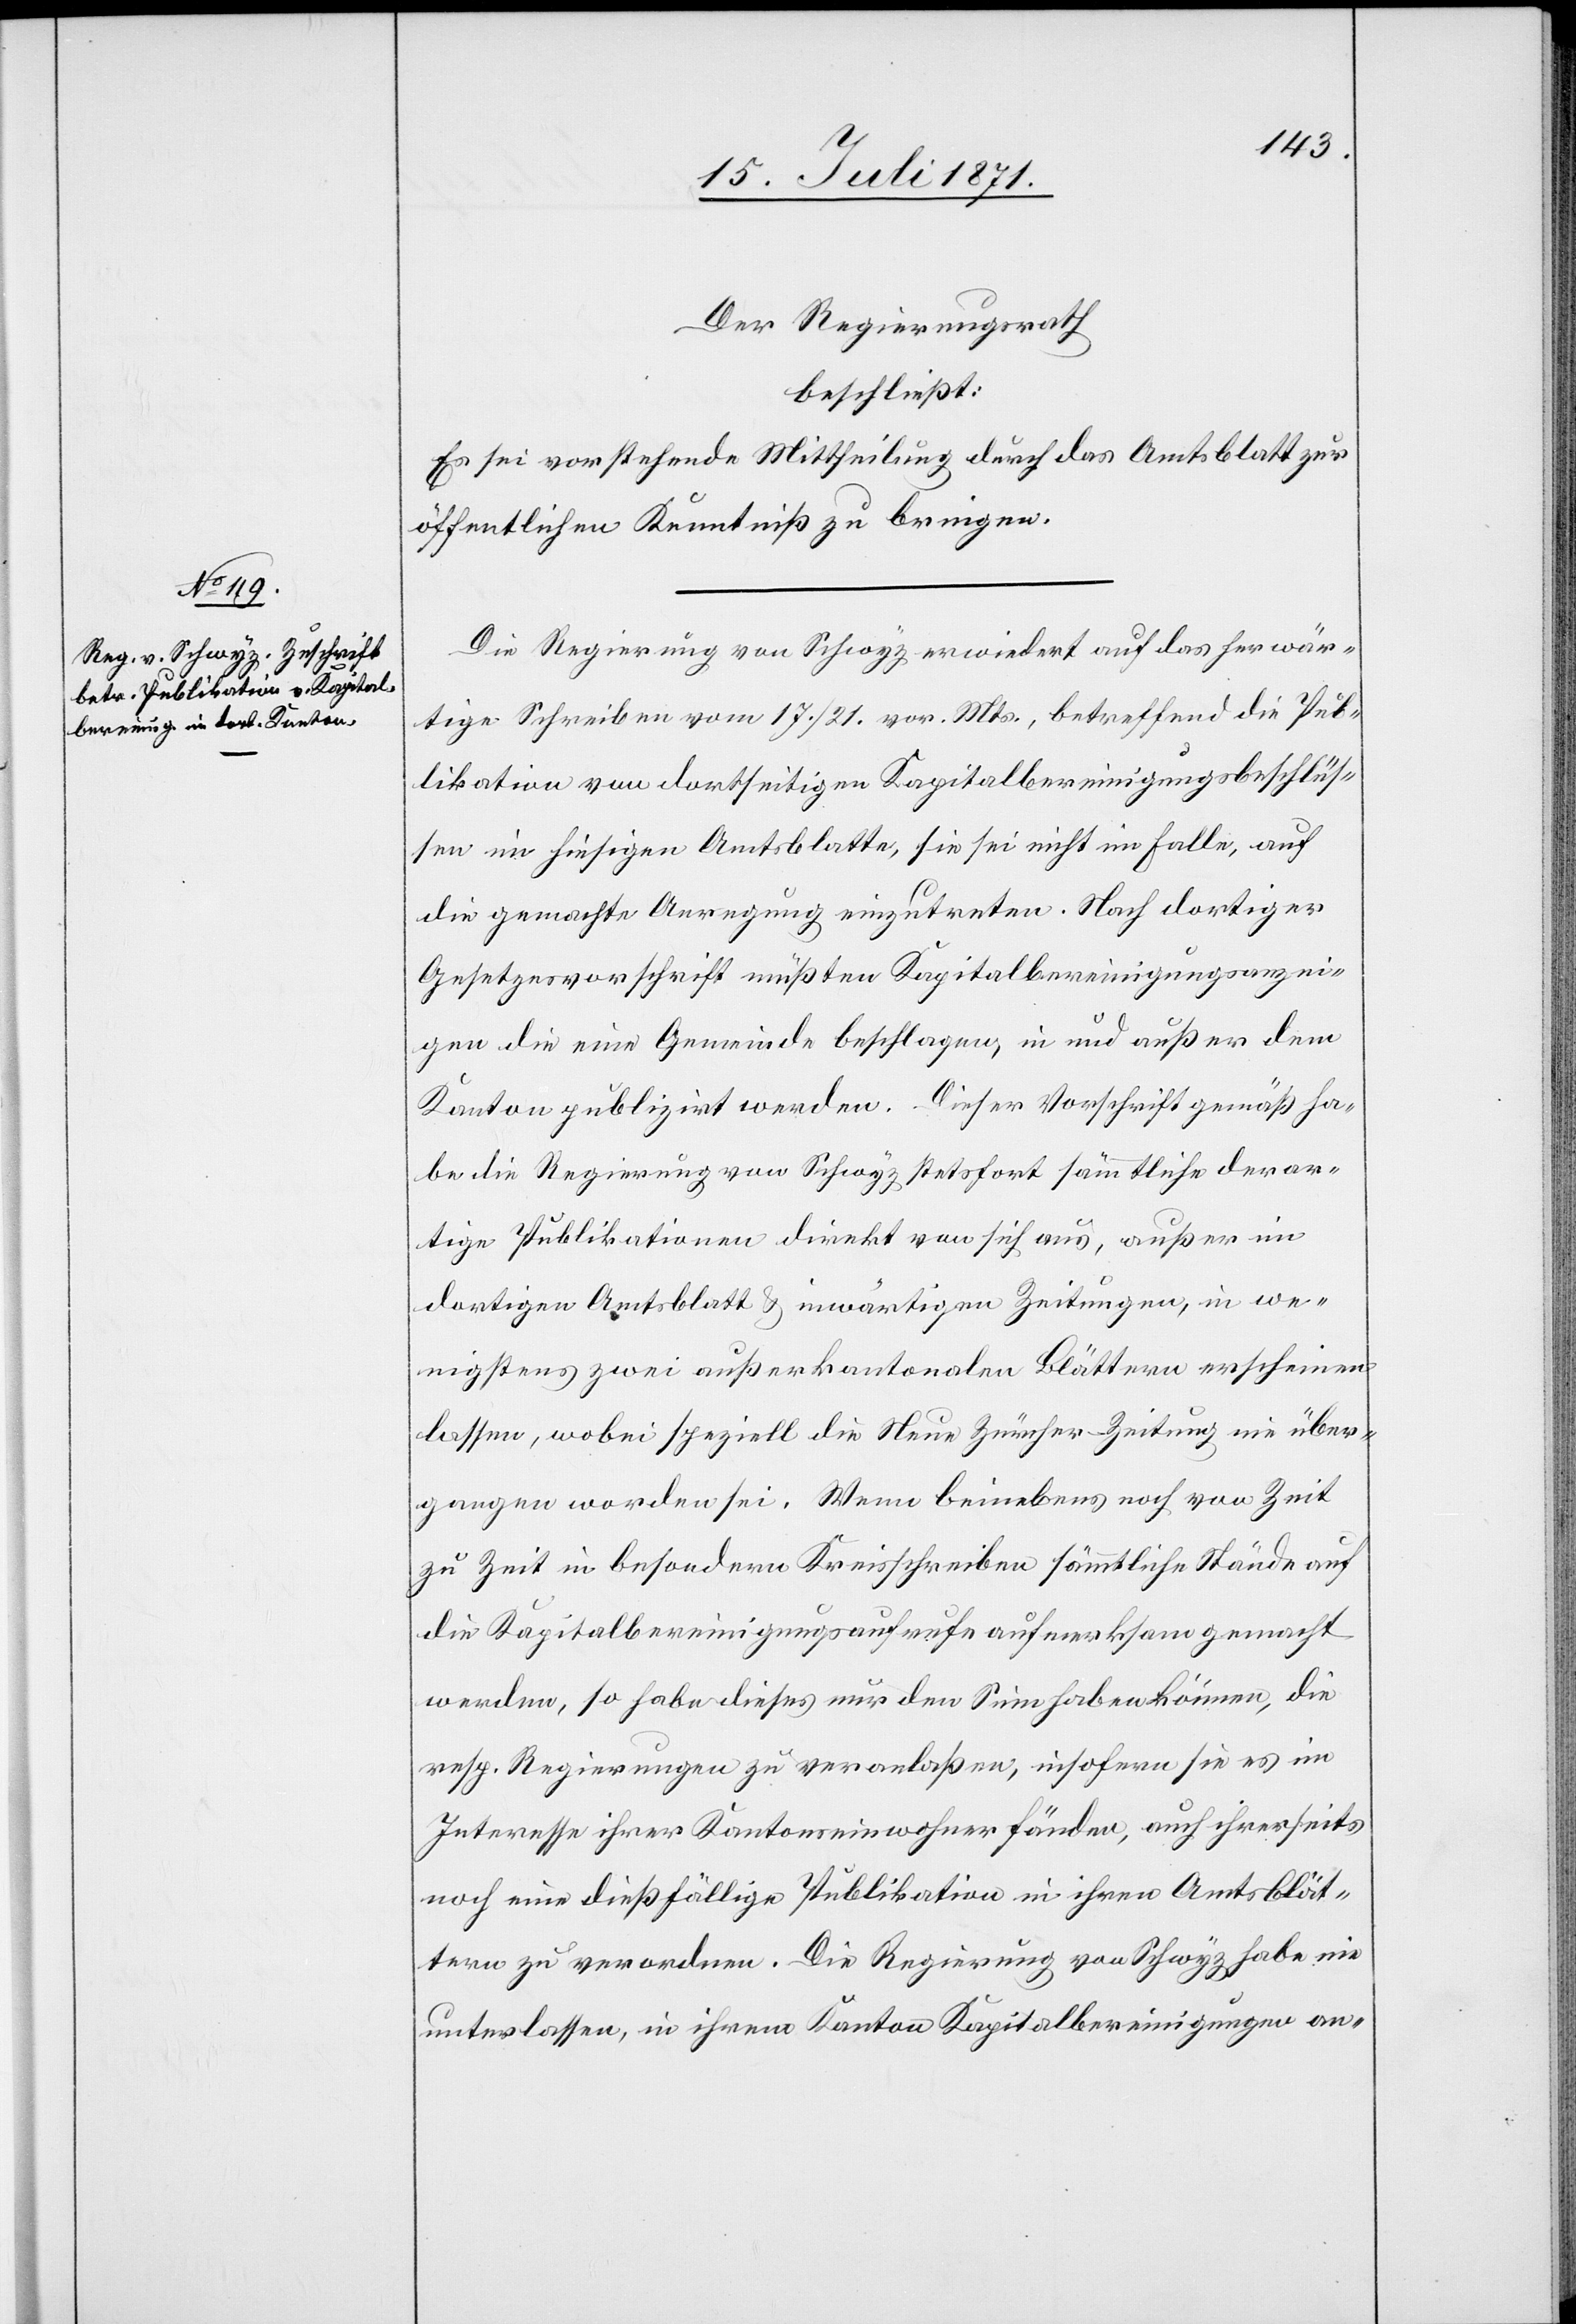
Der Regierungsrath
beschließt:
Es sei vorstehende Mittheilung durch das Amtsblatt zur
öffentlichen Kenntniß zu bringen.
Die Regierung von Schwyz erwiedert auf das herwär¬
tige Schreiben vom 17./21. vor. Mts., betreffend die Pub¬
likation von dortseitigen Kapitalbereinigungsbeschlüs¬
sen im hiesigen Amtsblatte, sie sei nicht im Falle, auf
die gemachte Anregung einzutreten. Nach dortiger
Gesetzesvorschrift müßten Kapitalbereinigungsanzei¬
gen die eine Gemeinde beschlagen, in und außer dem
Kanton publizirt werden. Dieser Vorschrift gemäß ha¬
be die Regierung von Schwyz stetsfort sämmtliche derar¬
tige Publikationen direkt von sich aus, außer im
dortigen Amtsblatt u. inwärtigen Zeitungen, in we¬
nigstens zwei außerkantonalen Blättern erscheinen
lassen, wobei speziell die Neue Züricher Zeitung nie über¬
gangen worden sei. Wenn beinebens noch von Zeit
zu Zeit in besondern Kreisschreiben sämmtliche Stände auf
die Kapitalbereinigungsaufrufe aufmerksam gemacht
werden, so habe dieses nur den Sinn haben können, die
resp. Regierung zu veranlaßen, insofern sie es im
Interesse ihrer Kantonseinwohner fänden, auch ihrerseits
noch eine dießfällige Publikation in ihren Amtsblät¬
tern zu verordnen. Die Regierung von Schwyz habe nie
unterlassen, in ihrem Kanton Kapitalbereinigungen an-